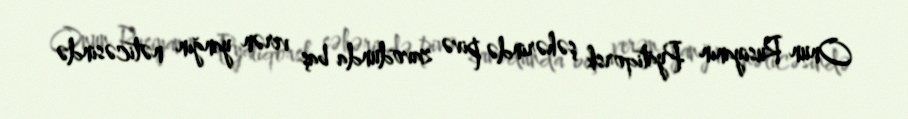
Onun Rusiyanın Pyatiqorsk şəhərində pivə zavodunda baş verən yanğın nəticəsində